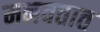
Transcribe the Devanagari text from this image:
मनवतात